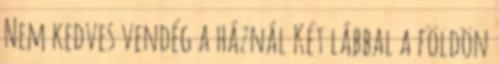
Nem kedves vendég a háznál Két lábbal a földön